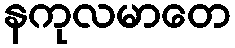
နကုလမာတေ